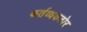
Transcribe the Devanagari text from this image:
कर्तव्यकठोर